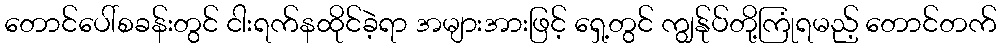
တောင်ပေါ်စခန်းတွင် ငါးရက်နထိုင်ခဲ့ရာ အများအားဖြင့် ရှေ့တွင် ကျွန်ုပ်တို့ကြုံရမည့် တောင်တက်